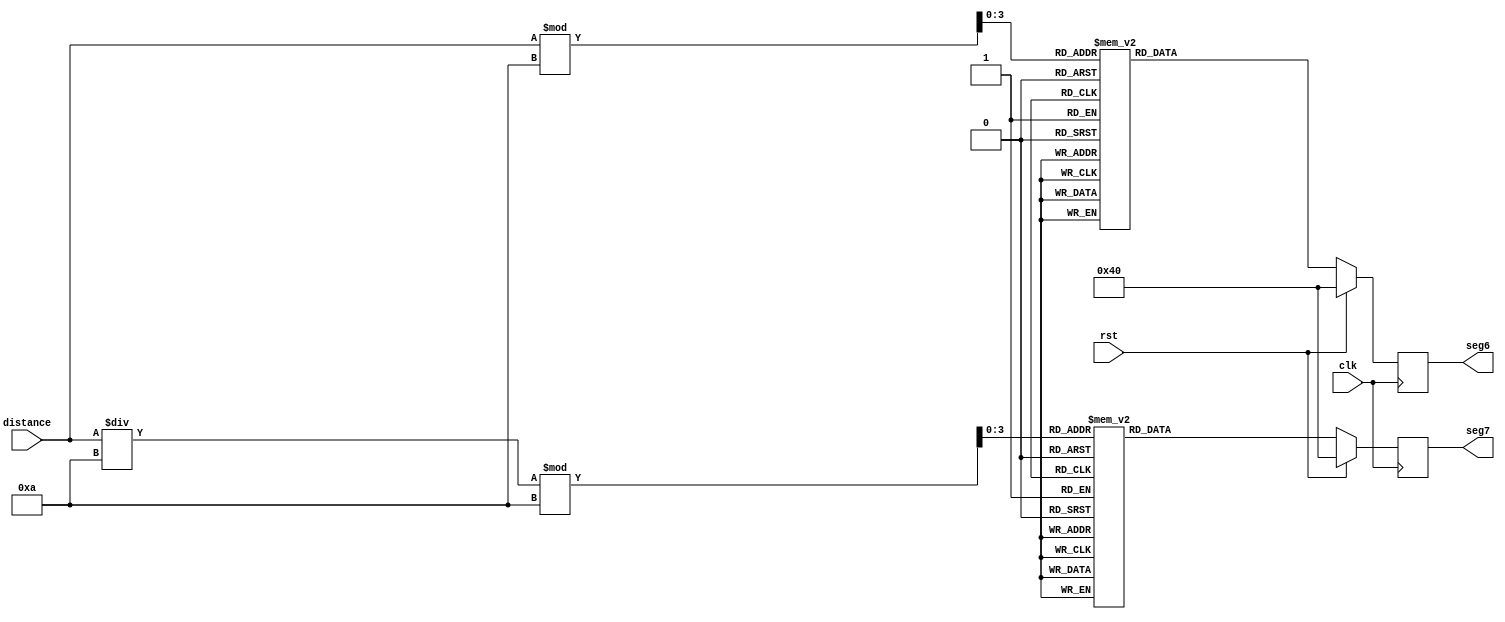
module displayMail(
input clk,
input rst,
input [15:0]distance,
output reg[6:0]seg6,
output reg[6:0]seg7
);
wire [3:0]bit;
wire [3:0]ten;
wire [3:0]hundred;
assign bit=distance%10;
assign ten=distance/10%10;
always@(posedge clk)
begin
	if(!rst)
	begin
		case(bit)
		4'h0:seg6=7'b1000000;
		4'h1:seg6=7'b1111001;
		4'h2:seg6=7'b0100100;
		4'h3:seg6=7'b0110000;
		4'h4:seg6=7'b0011001;
		4'h5:seg6=7'b0010010;
		4'h6:seg6=7'b0000010;
		4'h7:seg6=7'b1111000;
		4'h8:seg6=7'b0000000;
		4'h9:seg6=7'b0010000;
		4'ha:seg6=7'b0001000;
		4'hb:seg6=7'b0000011;
		4'hc:seg6=7'b1000110;
		4'hd:seg6=7'b0100001;
		4'he:seg6=7'b0000110;
		4'hf:seg6=7'b0001110;
		default:seg6=7'b1111111;
		endcase
		case(ten)
		4'h0:seg7=7'b1000000;
		4'h1:seg7=7'b1111001;
		4'h2:seg7=7'b0100100;
		4'h3:seg7=7'b0110000;
		4'h4:seg7=7'b0011001;
		4'h5:seg7=7'b0010010;
		4'h6:seg7=7'b0000010;
		4'h7:seg7=7'b1111000;
		4'h8:seg7=7'b0000000;
		4'h9:seg7=7'b0010000;
		4'ha:seg7=7'b0001000;
		4'hb:seg7=7'b0000011;
		4'hc:seg7=7'b1000110;
		4'hd:seg7=7'b0100001;
		4'he:seg7=7'b0000110;
		4'hf:seg7=7'b0001110;
		default:seg7=7'b1111111;
		endcase
	end
	else 
	begin
		seg6=7'b1000000;
		seg7=7'b1000000;
	end
end
endmodule